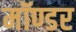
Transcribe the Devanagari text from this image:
मॉण्डर